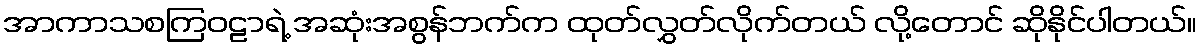
အာကာသစကြဝဠာရဲ့ အဆုံးအစွန်ဘက်က ထုတ်လွှတ်လိုက်တယ် လို့တောင် ဆိုနိုင်ပါတယ်။